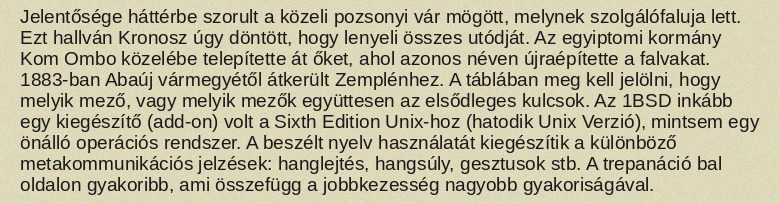
Jelentősége háttérbe szorult a közeli pozsonyi vár mögött, melynek szolgálófaluja lett. Ezt hallván Kronosz úgy döntött, hogy lenyeli összes utódját. Az egyiptomi kormány Kom Ombo közelébe telepítette át őket, ahol azonos néven újraépítette a falvakat. 1883-ban Abaúj vármegyétől átkerült Zemplénhez. A táblában meg kell jelölni, hogy melyik mező, vagy melyik mezők együttesen az elsődleges kulcsok. Az 1BSD inkább egy kiegészítő (add-on) volt a Sixth Edition Unix-hoz (hatodik Unix Verzió), mintsem egy önálló operációs rendszer. A beszélt nyelv használatát kiegészítik a különböző metakommunikációs jelzések: hanglejtés, hangsúly, gesztusok stb. A trepanáció bal oldalon gyakoribb, ami összefügg a jobbkezesség nagyobb gyakoriságával.